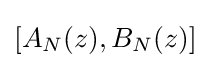
[A_{N}(z),B_{N}(z)]